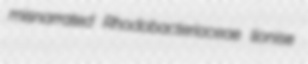
misnarrated Rhodobacteriaceae lionise